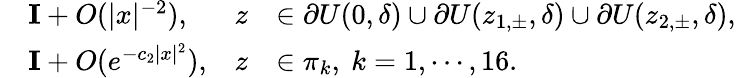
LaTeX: \begin{array}{rlrl}&{\mathbf{I}+O(|x|^{-2}),}&{z}&{\in\partial U(0,\delta)\cup\partial U(z_{1,\pm},\delta)\cup\partial U(z_{2,\pm},\delta),}\\ &{\mathbf{I}+O(e^{-c_{2}|x|^{2}}),}&{z}&{\in\pi_{k},\ k=1,\cdots,16.}\end{array}